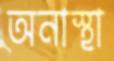
অনাস্থা